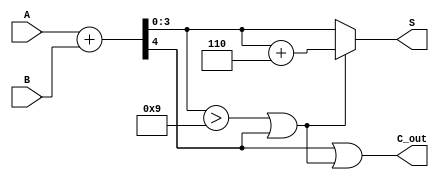
module BCD_Asynchronous_Adder (
    input  [3:0] A,      // First BCD digit
    input  [3:0] B,      // Second BCD digit
    output [3:0] S,      // BCD sum
    output C_out         // Carry output indicating overflow
);

    wire [4:0] Sum;      // 5-bit sum to accommodate carry
    wire C_temp;         // Temporary carry from initial addition
    wire correction;      // Correction flag

    // Step 1: Compute the initial binary sum
    assign Sum = A + B;  // Sum can be 4 bits plus carry, hence 5 bits
    assign C_temp = Sum[4]; // Capture the carry out of the addition

    // Step 2: Determine if correction is needed (if Sum > 9 or carry out is high)
    assign correction = (Sum[3:0] > 4'b1001) || C_temp;

    // Step 3: Compute the BCD output
    assign S = correction ? (Sum[3:0] + 4'b0110) : Sum[3:0]; // Add 6 if correction is needed
    assign C_out = C_temp || correction; // Set carry out if there's a carry or correction

endmodule